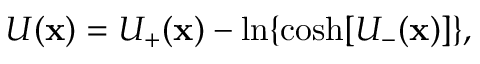
U ( \mathbf { x } ) = U _ { + } ( \mathbf { x } ) - \ln \{ \cosh [ U _ { - } ( \mathbf { x } ) ] \} ,